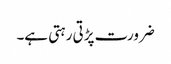
ضرورت پڑتی رہتی ہے۔